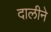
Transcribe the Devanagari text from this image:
दालीने